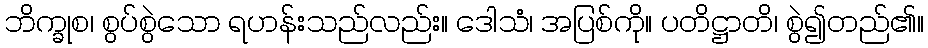
ဘိက္ခုစ၊ စွပ်စွဲသော ရဟန်းသည်လည်း။ ဒေါသံ၊ အပြစ်ကို။ ပတိဋ္ဌာတိ၊ စွဲ၍တည်၏။